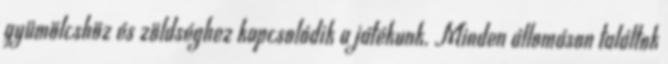
gyümölcshöz és zöldséghez kapcsolódik a játékunk. Minden állomáson találtok